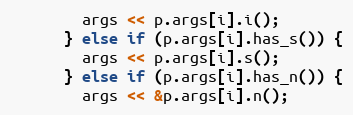
Language: C++
        args << p.args[i].i();
      } else if (p.args[i].has_s()) {
        args << p.args[i].s();
      } else if (p.args[i].has_n()) {
        args << &p.args[i].n();